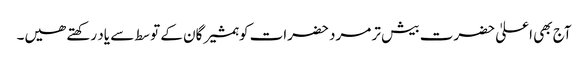
آج بھی اعلیٰ حضرت بیش تر مرد حضرات کو ہمشیرگان کے توسط سے یاد رکھتے ھیں۔